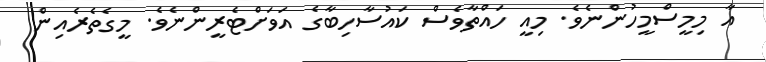
އާ މިމީސްމީހުންނެވެ. މިއީ ހައްތާވެސް ކައުސާހިބާގެ އަވަށްޓެރީންނެވެ. މީގެތެރެއިން